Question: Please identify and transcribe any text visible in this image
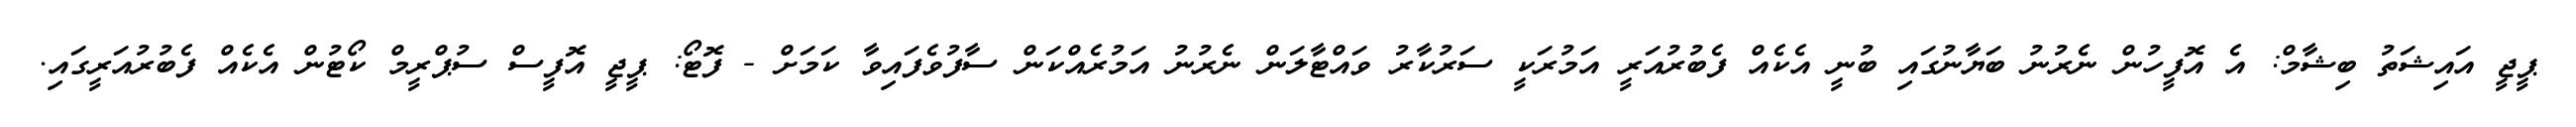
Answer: ޕީޖީ އައިޝަތު ބިޝާމް: އެ އޮފީހުން ނެރުނު ބަޔާނުގައި ބުނީ އެކެއް ފެބުރުއަރީ އަމުރަކީ ސަރުކާރު ވައްޓާލަން ނެރުނު އަމުރެއްކަން ސާފުވެފައިވާ ކަމަށް - ފޮޓޯ: ޕީޖީ އޮފީސް ސުޕްރީމް ކޯޓުން އެކެއް ފެބުރުއަރީގައި.